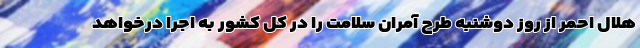
هلال احمر از روز دوشنبه طرح آمران سلامت را در کل کشور به اجرا درخواهد